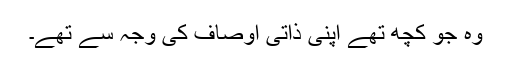
وہ جو کچھ تھے اپنی ذاتی اوصاف کی وجہ سے تھے۔